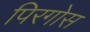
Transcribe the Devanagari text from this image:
पिरगोस